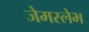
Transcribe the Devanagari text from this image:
जेमस्लेभ